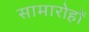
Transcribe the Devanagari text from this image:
सामारोहों